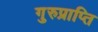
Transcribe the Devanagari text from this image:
गुरुप्राप्ति